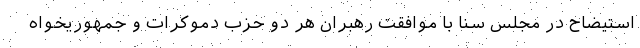
استیضاح در مجلس سنا با موافقت رهبران هر دو حزب دموکرات و جمهوریخواه